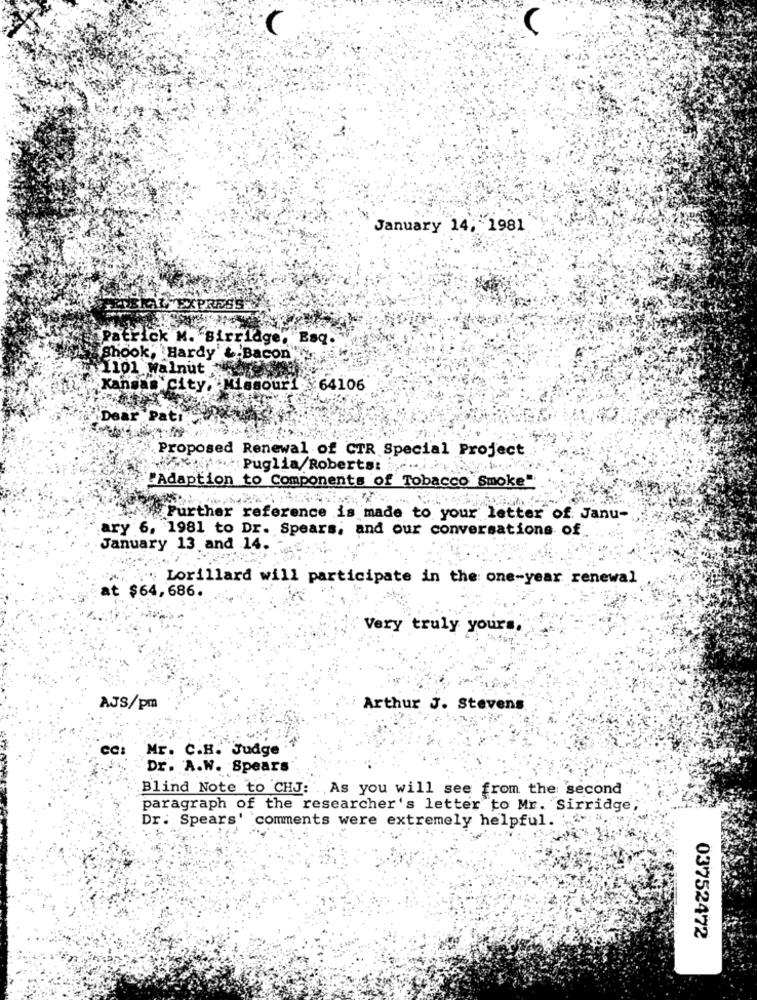
January 14, 1981
Patrick M. Birridge, Esq.
Shook, Hardy & Bacon"
1101 Walnut
Kansas City, Missouri
64106
Dear Pati
Proposed Renewal of CTR Special Project
"Adaption to Components of Tobacco Smoke"
Further reference is made to your letter of. Janu-
ary 6, 1981 to Dr. Spears, and our conversations of
January 13 and 14.
" Lorillard will participate in the one-year renewal
at $64,686.
Very truly yours.
AJS/pm
Arthur J. Stevens
CC:
Mr. C.H. Judge
Dr. A.W. Spears
Blind Note to CHJ:
As you will see from the second
paragraph of the researcher's letter to Mr. Sirridge;
Dr: Spears' 'comments were extremely helpful.
03752472